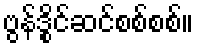
ဗွန်ဒွိုင်ဆင်စစ်စစ်။